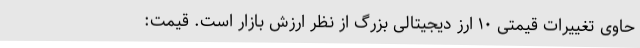
حاوی تغییرات قیمتی ۱۰ ارز دیجیتالی بزرگ از نظر ارزش بازار است. قیمت: